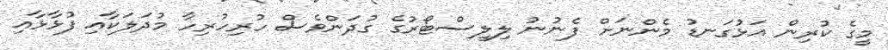
މީގެ ކުރިން އަޅުގަނޑު މެންނަށް ފެނުނު ލިލީސްޓޯރުގެ ގުދަންވެސް ހުރިހުރިހާ މުދަލަކާއި ފުޅާޅާއި